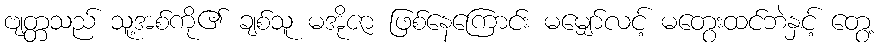
ဗျတ္တသည် သူ့အစ်ကို၏ ချစ်သူ မအိုဇာ ဖြစ်နေကြောင်း မမျှော်လင့် မတွေးထင်ဘဲနှင့် တွေ့